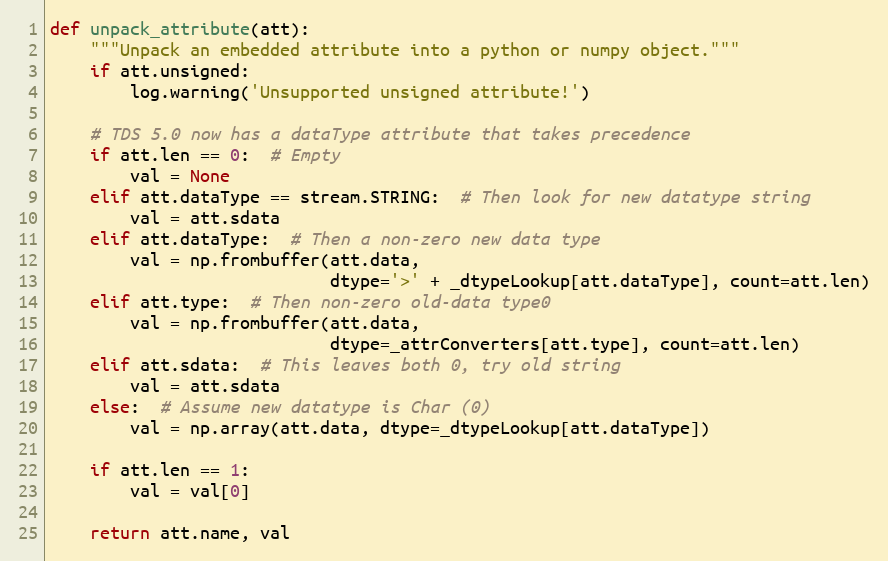
Language: Python
def unpack_attribute(att):
    """Unpack an embedded attribute into a python or numpy object."""
    if att.unsigned:
        log.warning('Unsupported unsigned attribute!')

    # TDS 5.0 now has a dataType attribute that takes precedence
    if att.len == 0:  # Empty
        val = None
    elif att.dataType == stream.STRING:  # Then look for new datatype string
        val = att.sdata
    elif att.dataType:  # Then a non-zero new data type
        val = np.frombuffer(att.data,
                            dtype='>' + _dtypeLookup[att.dataType], count=att.len)
    elif att.type:  # Then non-zero old-data type0
        val = np.frombuffer(att.data,
                            dtype=_attrConverters[att.type], count=att.len)
    elif att.sdata:  # This leaves both 0, try old string
        val = att.sdata
    else:  # Assume new datatype is Char (0)
        val = np.array(att.data, dtype=_dtypeLookup[att.dataType])

    if att.len == 1:
        val = val[0]

    return att.name, val